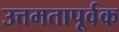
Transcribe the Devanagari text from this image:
उत्तमतापूर्वक